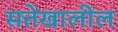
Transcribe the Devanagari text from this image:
सत्तेखालील